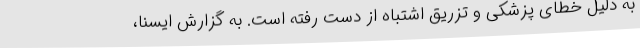
به دلیل خطای پزشکی و تزریق اشتباه از دست رفته است. به گزارش ایسنا،